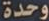
وحدة